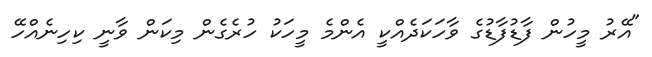
"އޭރު މީހުން ފާޑުފާޑުގެ ވާހަކަދެއްކީ އެންމެ މީހަކު ހުރެގެން މިކަން ވާނީ ކިހިނެއްހޭ